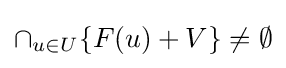
\cap _{u\in U}\{F(u)+V\}\neq \emptyset